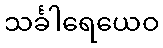
သင်္ခါရေယေဝ